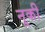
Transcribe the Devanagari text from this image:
नूकी